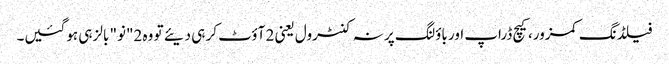
فیلڈنگ کمزور، کیچ ڈراپ اور باؤلنگ پر نہ کنٹرول یعنی 2 آؤٹ کر ہی دیئے تو وہ 2"نو" بالز ہی ہوگئیں۔